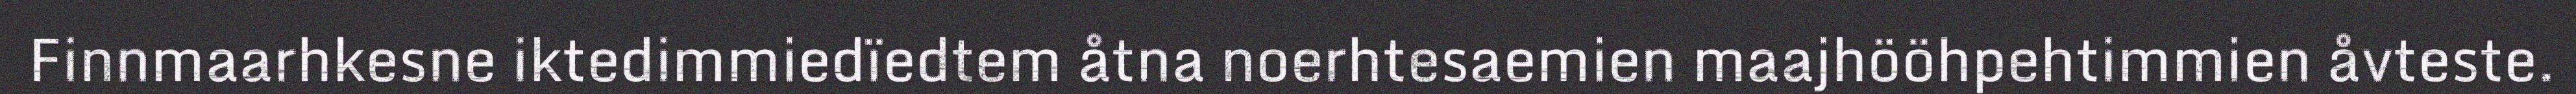
Finnmaarhkesne iktedimmiedïedtem åtna noerhtesaemien maajhööhpehtimmien åvteste.